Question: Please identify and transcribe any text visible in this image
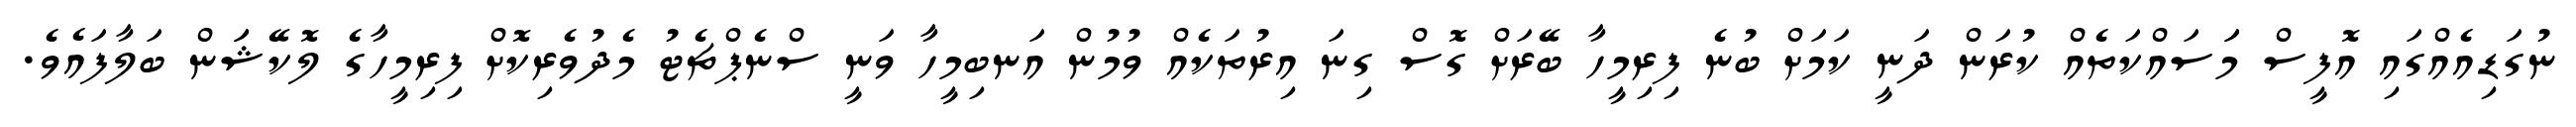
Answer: ނުގަޑިއެއްގައި އޮފީސް މަަސައްކަތެއް ކުރަން ދަނީ ކަމަށް ބުނެ ފިރިމީހާ ބޭރަށް ގޮސް ގިނަ އިރުތަކެއް ވުމުން އަނބިމީހާ ވަނީ ސްނެޕްޗެޓު މެދުވެރިކޮށް ފިރިމީހާގެ ލޮކޭޝަަން ބަލާފައެވެ.